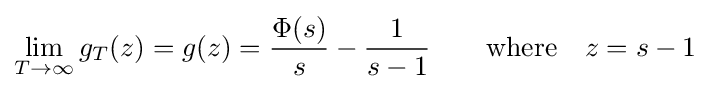
\lim _{T\to \infty }g_{T}(z)=g(z)={\frac {\Phi (s)}{s}}-{\frac {1}{s-1}}\quad \quad {\text{where}}\quad z=s-1